Scottish Certificate of Education, 1963
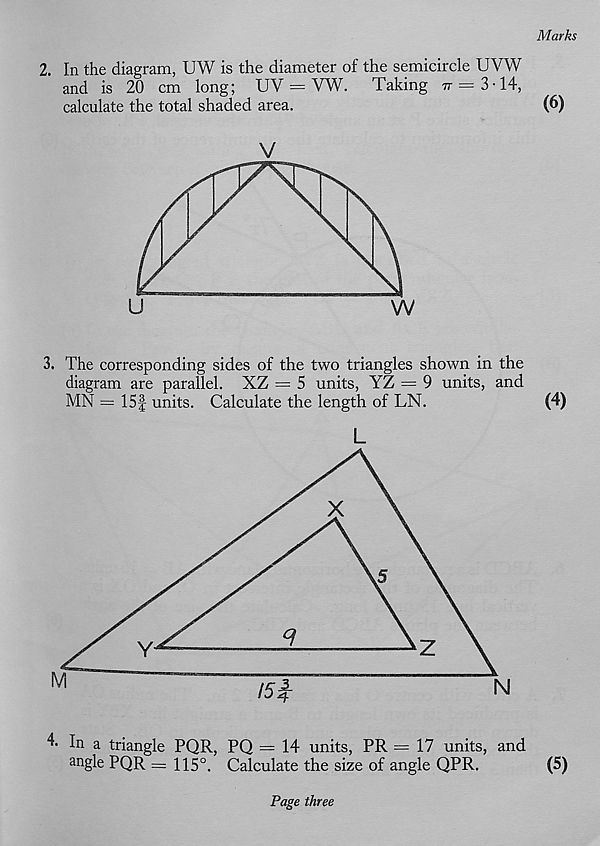
Marks
2. In the diagram, UW is the diameter of the semicircle UVW
and is 20 cm long; UV = VW.
Taking tt —3-14,
calculate the total shaded area.
(6)
V
3. The corresponding sides of the two triangles shown in the
diagram are parallel. XZ = 5 units, YZ = 9 units, and
MN = 15f units. Calculate the length of LN.
(4)
L
Page three